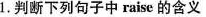
1.判断下列句子中raise的含义